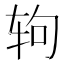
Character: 𰺁